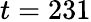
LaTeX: t=231